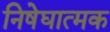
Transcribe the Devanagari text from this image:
निषेघात्मक